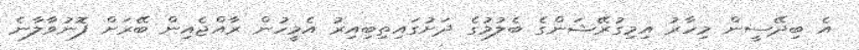
އެ ބިދޭސީން މިހާރު އިމިގުރޭޝަންގެ ބެލުމުގެ ދަށުގައިތިބިއިރު އެމީހުން ރާއްޖެއިން ބޭރަށް ފޮނުވާލާނެ